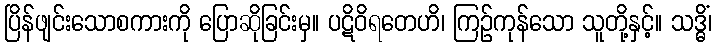
ပြိန်ဖျင်းသောစကားကို ပြောဆိုခြင်းမှ။ ပဋိဝိရတေဟိ၊ ကြဉ်ကုန်သော သူတို့နှင့်။ သဒ္ဓိံ၊